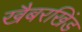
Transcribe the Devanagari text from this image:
खैबरखिंड